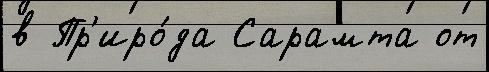
в Пр'иро́да Сарамта от